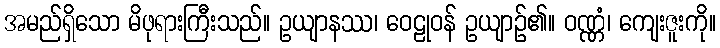
အမည်ရှိသော မိဖုရားကြီးသည်။ ဥယျာနဿ၊ ဝေဠုဝန် ဥယျာဉ်၏။ ဝဏ္ဏံ၊ ကျေးဇူးကို။